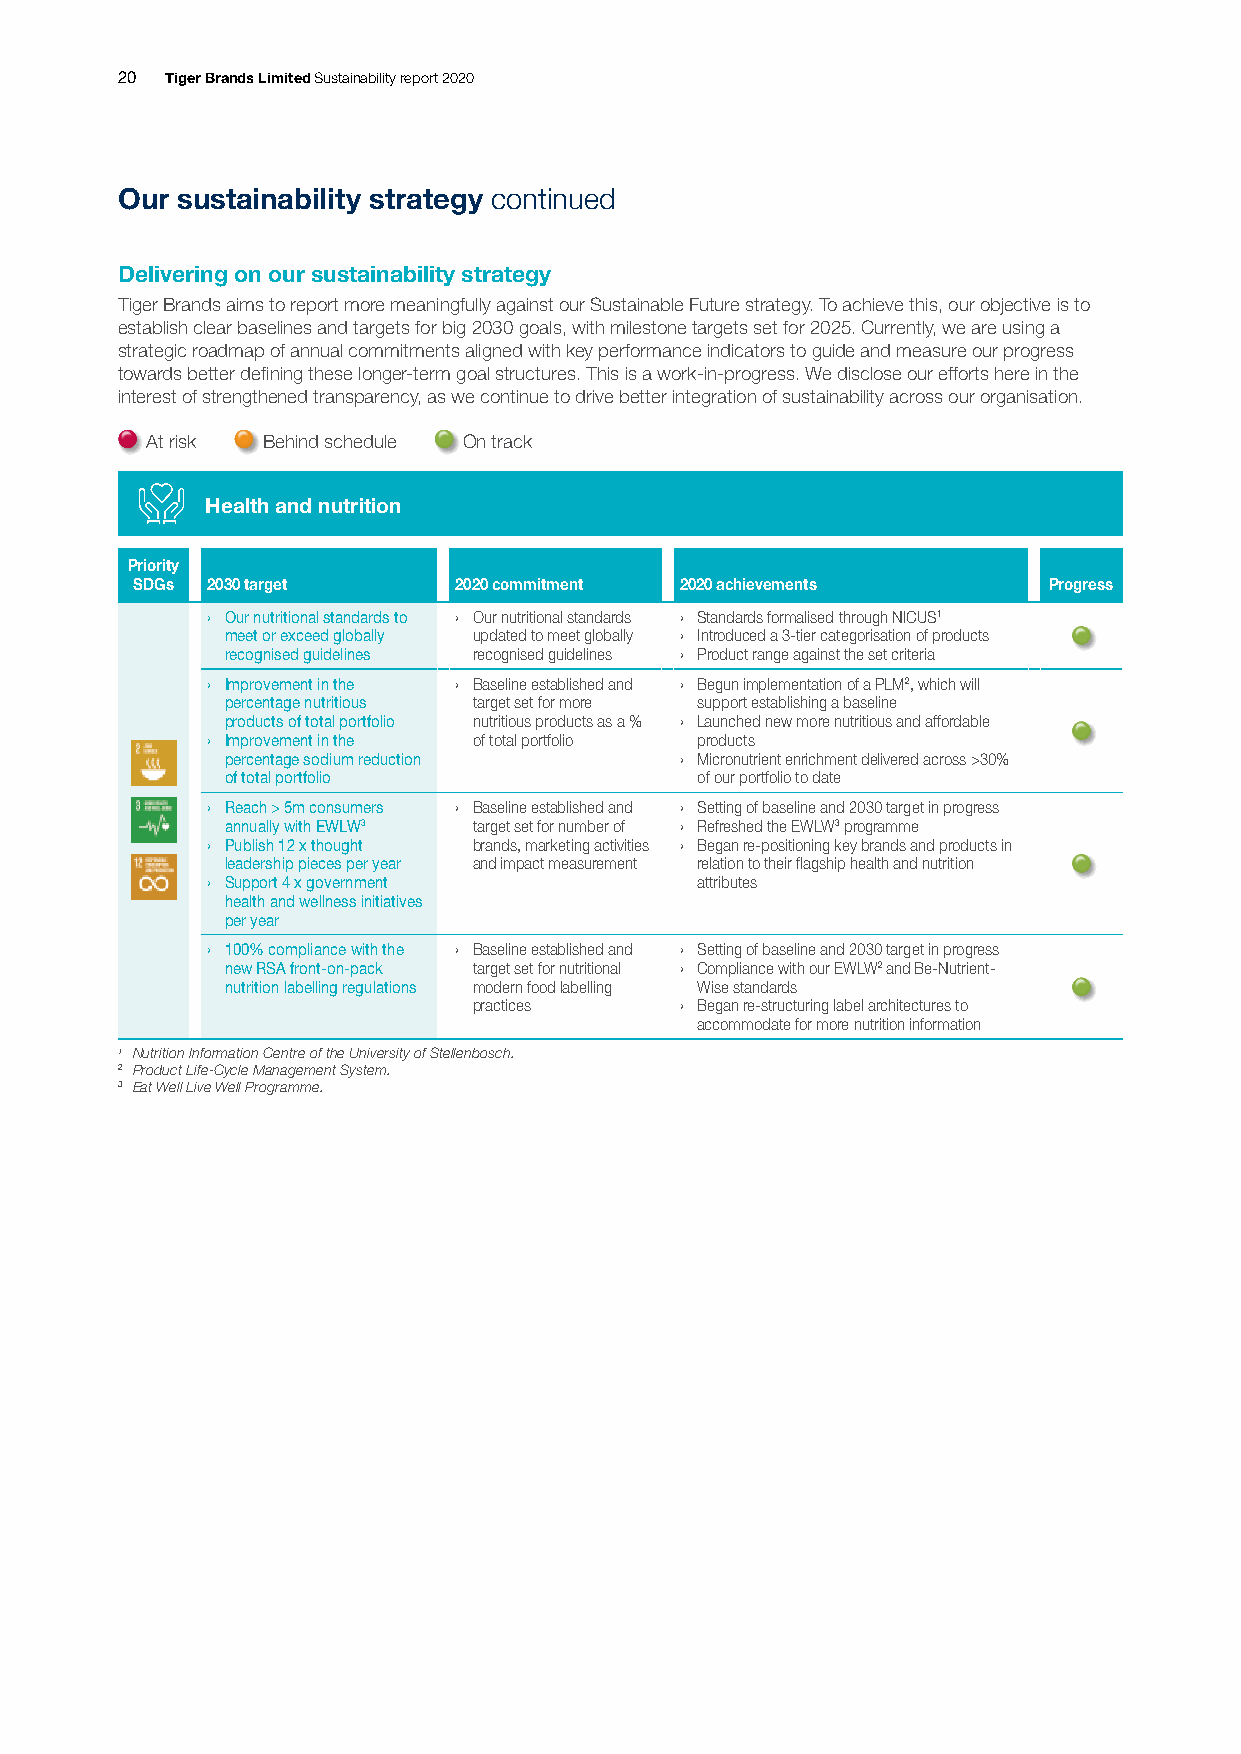
20 Tiger Brands Limited Sustainability report 2020
 Our sustainability strategy continued
 Delivering on our sustainability strategy
 Tiger Brands aims to report more meaningfully against our Sustainable Future strategy. To achieve this, our objective is to
 establish clear baselines and targets for big 2030 goals, with milestone targets set for 2025. Currently, we are using a
 strategic roadmap of annual commitments aligned with key performance indicators to guide and measure our progress
 towards better defining these longer-term goal structures. This is a work-in-progress. We disclose our efforts here in the
 interest of strengthened transparency, as we continue to drive better integration of sustainability across our organisation.
 At risk Behind schedule On track
 Health and nutrition
 Priority
 SDGs 2030 target     2020 commitment 2020 achievements      Progress
 › Our nutritional standards to › Our nutritional standards › Standards formalised through NICUS1
 meet or exceed globally updated to meet globally › Introduced a 3-tier categorisation of products
 recognised guidelines recognised guidelines › Product range against the set criteria
 › Improvement in the › Baseline established and › Begun implementation of a PLM2, which will
 percentage nutritious target set for more support establishing a baseline
 products of total portfolio nutritious products as a % › Launched new more nutritious and affordable
 › Improvement in the of total portfolio products
 percentage sodium reduction   › Micronutrient enrichment delivered across >30%
 of total portfolio             of our portfolio to date
 › Reach > 5m consumers › Baseline established and › Setting of baseline and 2030 target in progress
 annually with EWLW3 target set for number of › Refreshed the EWLW3 programme
 › Publish 12 x thought brands, marketing activities › Began re-positioning key brands and products in
 leadership pieces per year and impact measurement relation to their flagship health and nutrition
 › Support 4 x government        attributes
 health and wellness initiatives
 per year
 › 100% compliance with the › Baseline established and › Setting of baseline and 2030 target in progress
 new RSA front-on-pack target set for nutritional › Compliance with our EWLW2 and Be-Nutrient-
 nutrition labelling regulations modern food labelling Wise standards
 practices     › Began re-structuring label architectures to
 accommodate for more nutrition information
 1 Nutrition Information Centre of the University of Stellenbosch.
 2 Product Life-Cycle Management System.
 3 Eat Well Live Well Programme.